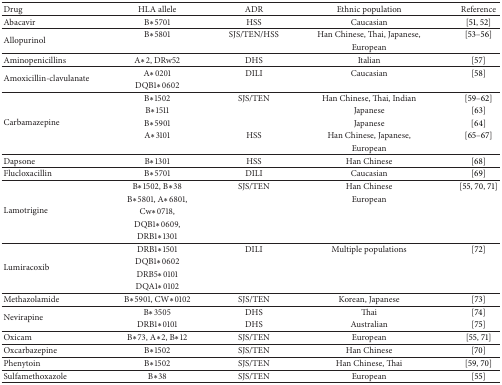
<table><thead><tr><td><b>Drug</b></td><td><b>HLA allele</b></td><td><b>ADR</b></td><td><b>Ethnic population</b></td><td><b>Reference </b></td></tr></thead><tbody><tr><td>Abacavir</td><td>B∗5701</td><td>HSS</td><td>Caucasian</td><td>[51, 52]</td></tr><tr><td rowspan="2">Allopurinol</td><td>B∗5801</td><td>SJS/TEN/HSS</td><td>Han Chinese, Thai, Japanese,</td><td>[53–56] </td></tr><tr><td> </td><td> </td><td>European </td><td> </td></tr><tr><td>Aminopenicillins</td><td>A∗2, DRw52</td><td>DHS</td><td>Italian</td><td>[57]</td></tr><tr><td rowspan="2">Amoxicillin-clavulanate</td><td>A∗0201</td><td>DILI</td><td>Caucasian</td><td>[58]</td></tr><tr><td>DQB1∗0602</td><td> </td><td> </td><td> </td></tr><tr><td rowspan="5">Carbamazepine</td><td>B∗1502</td><td>SJS/TEN</td><td>Han Chinese, Thai, Indian</td><td>[59–62]</td></tr><tr><td>B∗1511</td><td> </td><td>Japanese</td><td>[63] </td></tr><tr><td>B∗5901</td><td> </td><td>Japanese</td><td>[64] </td></tr><tr><td>A∗3101</td><td>HSS</td><td>Han Chinese, Japanese,</td><td>[65–67]</td></tr><tr><td> </td><td> </td><td>European</td><td> </td></tr><tr><td>Dapsone</td><td>B∗1301</td><td>HSS</td><td>Han Chinese</td><td>[68]</td></tr><tr><td>Flucloxacillin</td><td>B∗5701</td><td>DILI</td><td>Caucasian</td><td>[69] </td></tr><tr><td rowspan="5">Lamotrigine</td><td>B∗1502, B∗38</td><td>SJS/TEN</td><td>Han Chinese</td><td>[55, 70, 71]</td></tr><tr><td>B∗5801, A∗6801,</td><td> </td><td>European</td><td> </td></tr><tr><td>Cw∗0718, </td><td> </td><td> </td><td> </td></tr><tr><td>DQB1∗0609,</td><td> </td><td> </td><td> </td></tr><tr><td>DRB1∗1301 </td><td> </td><td> </td><td> </td></tr><tr><td rowspan="4">Lumiracoxib</td><td>DRB1∗1501</td><td>DILI</td><td>Multiple populations</td><td>[72]</td></tr><tr><td>DQB1∗0602</td><td> </td><td> </td><td> </td></tr><tr><td>DRB5∗0101</td><td> </td><td> </td><td> </td></tr><tr><td>DQA1∗0102</td><td> </td><td> </td><td> </td></tr><tr><td>Methazolamide</td><td>B∗5901, CW∗0102</td><td>SJS/TEN</td><td>Korean, Japanese</td><td>[73]</td></tr><tr><td rowspan="2">Nevirapine</td><td>B∗3505</td><td>DHS</td><td>Thai</td><td>[74] </td></tr><tr><td>DRB1<i>∗</i>0101</td><td>DHS</td><td>Australian</td><td>[75]</td></tr><tr><td>Oxicam</td><td>B∗73, A∗2, B∗12</td><td>SJS/TEN</td><td>European</td><td>[55, 71]</td></tr><tr><td>Oxcarbazepine</td><td>B∗1502</td><td>SJS/TEN</td><td>Han Chinese</td><td>[70] </td></tr><tr><td>Phenytoin</td><td>B∗1502</td><td>SJS/TEN</td><td>Han Chinese, Thai</td><td>[59, 70] </td></tr><tr><td>Sulfamethoxazole</td><td>B∗38</td><td>SJS/TEN</td><td>European</td><td>[55]</td></tr></tbody></table>